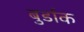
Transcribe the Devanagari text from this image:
बुर्डाक